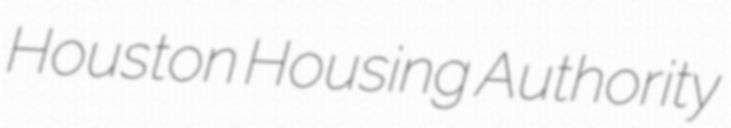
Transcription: Houston Housing Authority